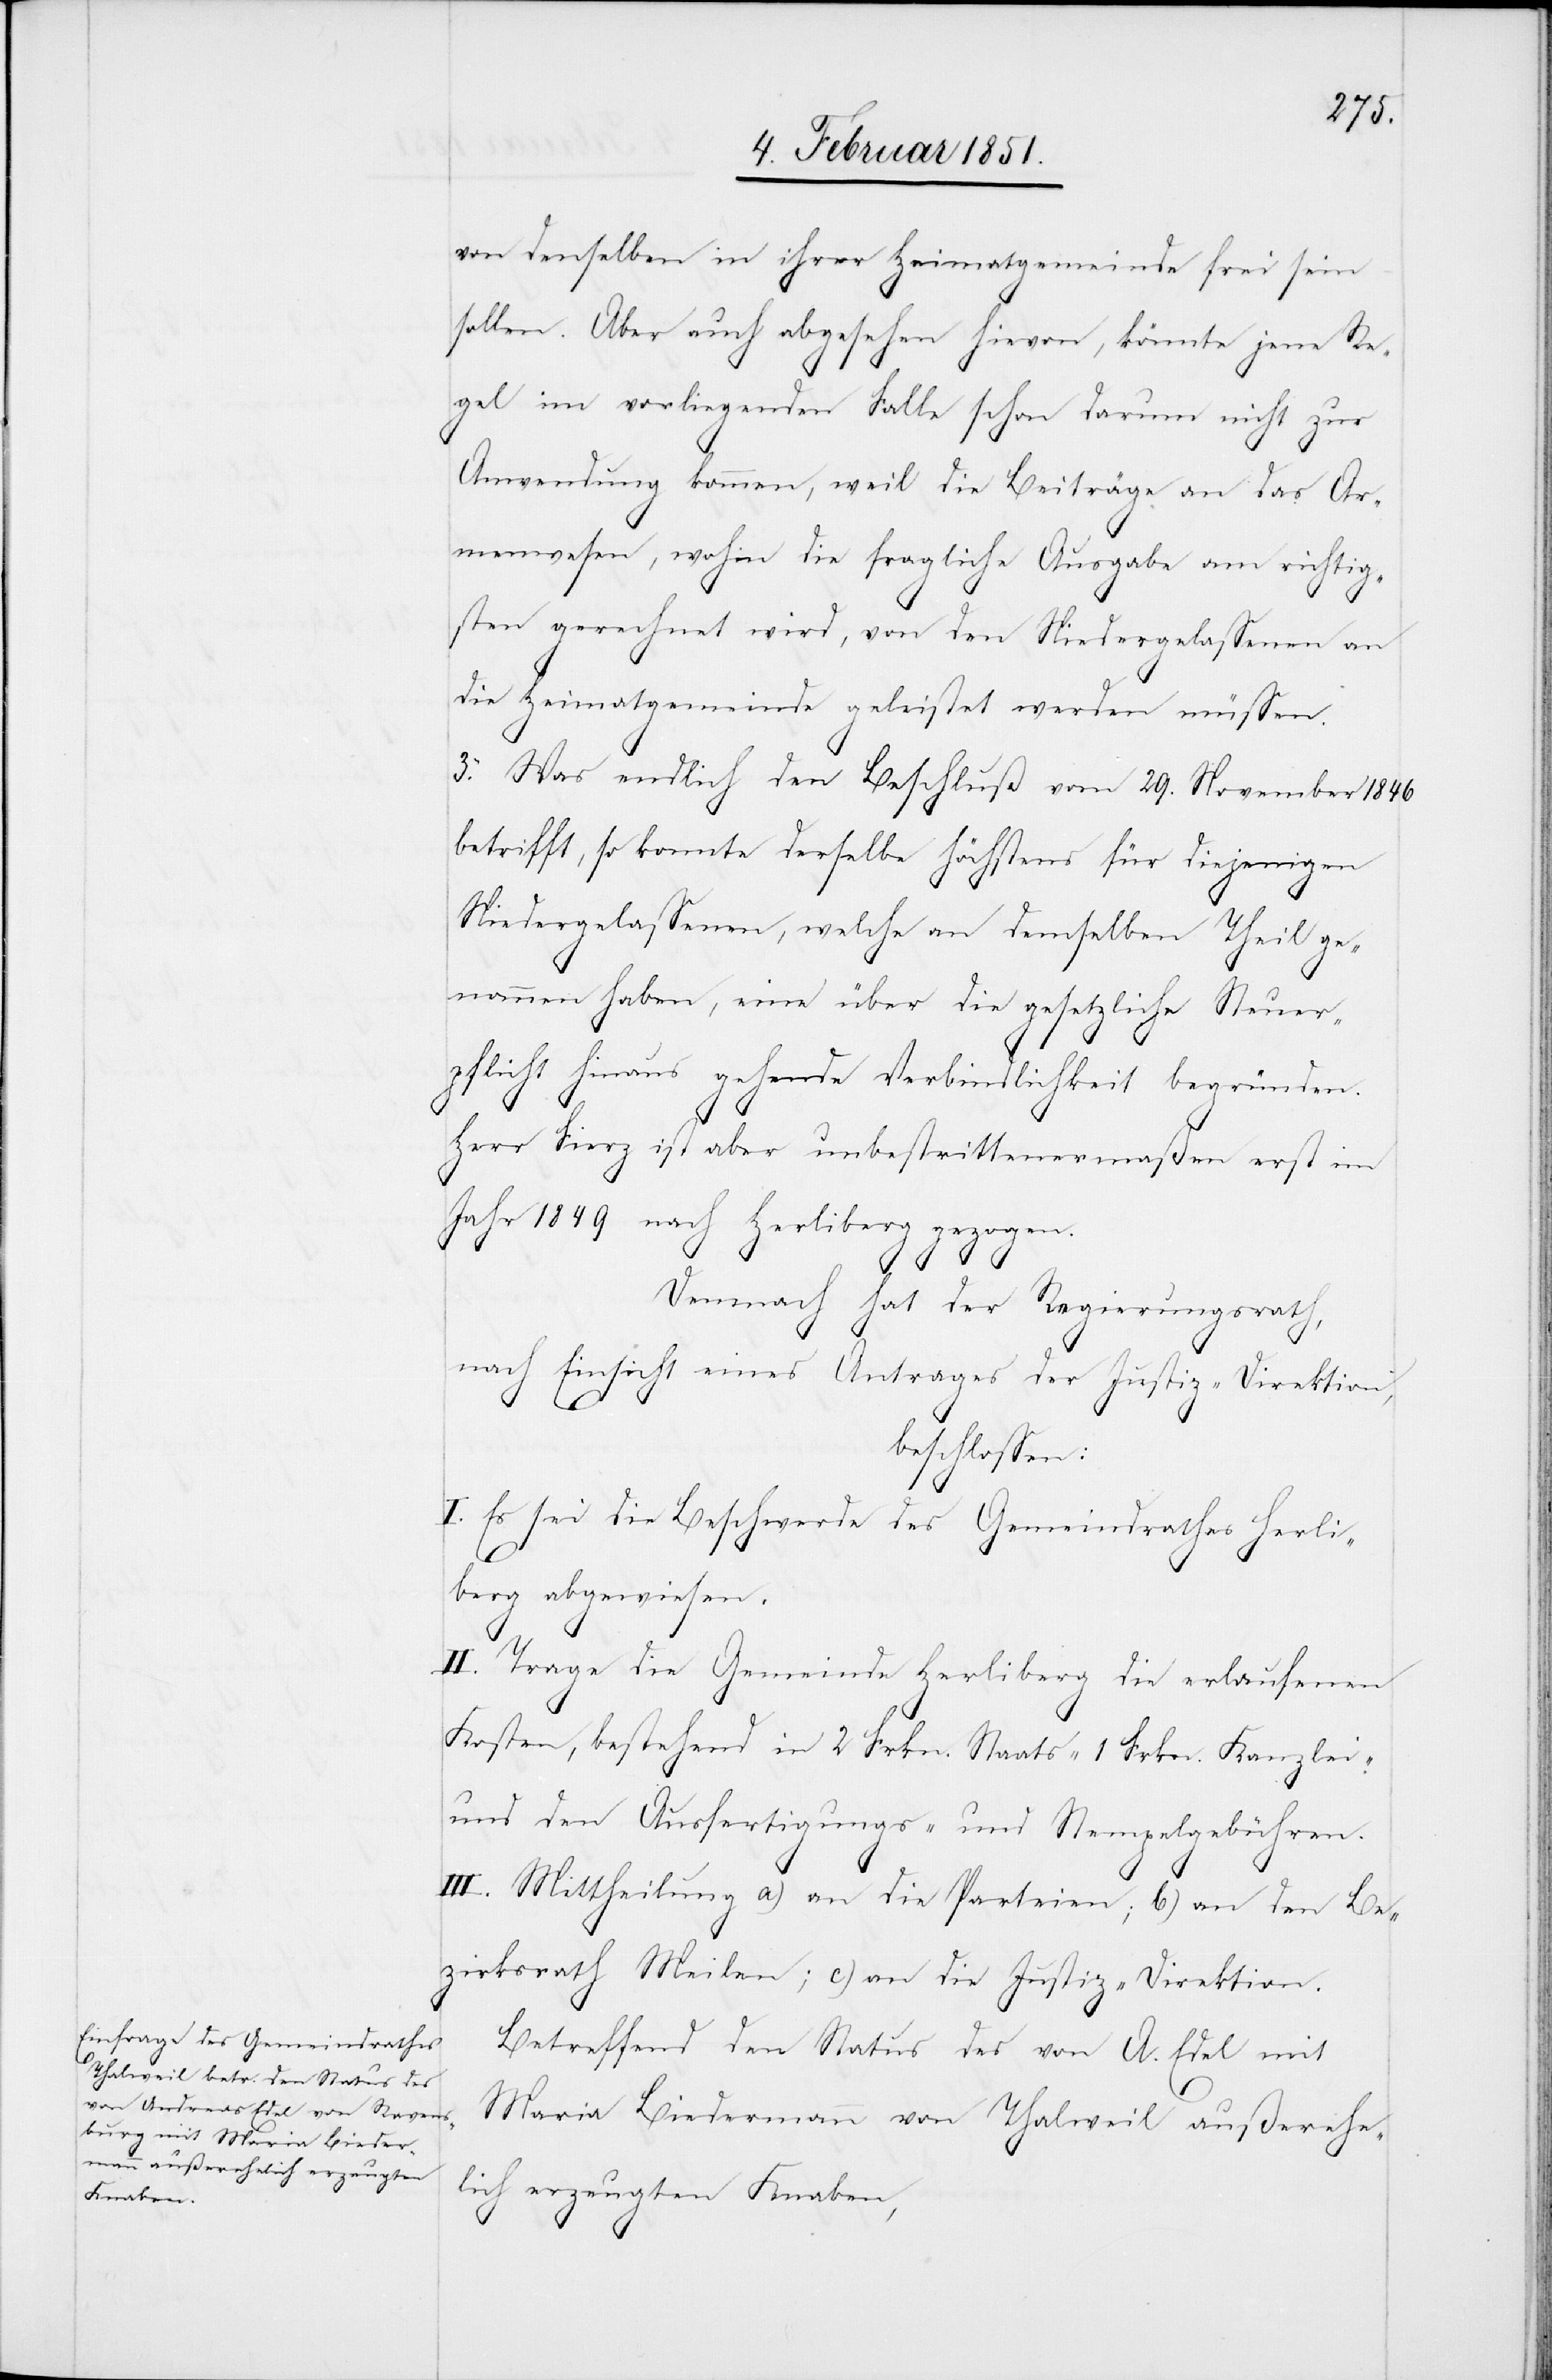
von denselben in ihrer Heimatgemeinde frei sein
sollen. Aber auch abgesehen hievon, könnte jene Re¬
gel im vorliegenden Falle schon darum nicht zur
Anwendung kommen, weil die Beiträge an das Ar¬
menwesen, wohin die fragliche Ausgabe am richtig¬
sten gerechnet wird, von den Niedergelassenen an
die Heimatgemeinde geleistet werden müssen.
3. Was endlich den Beschluß vom 29. November 1846
betrifft, so konnte derselbe höchstens für diejenigen
Niedergelassenen, welche an demselben Theil ge¬
nommen haben, eine über die gesetzliche Steuer¬
pflicht hinaus gehende Verbindlichkeit begründen.
Herr Fierz ist aber unbestrittenermaßen erst im
Jahr 1849 nach Her[r]liberg gezogen.
Demnach hat der Regierungsrath,
nach Einsicht eines Antrages der Justiz-Direktion,
beschlossen:
I. Es sei die Beschwerde des Gemeindrathes Her[r]li¬
berg abgewiesen.
II. Trage die Gemeinde Her[r]liberg die erlaufenen
Kosten, bestehend in 2 Frkn. Staats-[,] 1 Frkn. Kanzlei-
und den Ausfertigungs- und Stempelgebühren.
III. Mittheilung a) an die Parteien; b) an den Be¬
zirksrath Meilen; c) an die Justiz-Direktion.
Betreffend den Status des von A. Edel mit
Maria Biedermann von Thalweil außerehe¬
lich erzeugten Knaben,